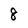
Character: 8